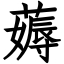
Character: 薅